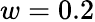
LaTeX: w=0.2